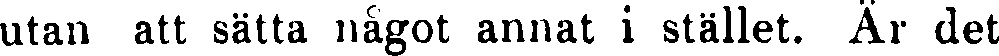
utan att sätta något annat i stället. Är det